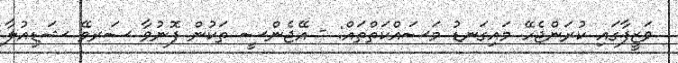
ވަޒީފާގައި ކުރަންޖެހޭ މައިގަނޑު މަސައްކަތްތައް: - އޭޖެންސީ ތަކުން ފޮނުވާ ސަރވޭ ޝަޑިއުލާ